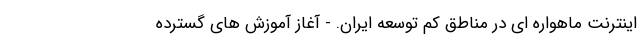
اینترنت ماهواره ای در مناطق کم توسعه ایران. - آغاز آموزش های گسترده